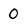
Character: 0